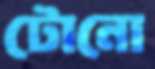
টোনো